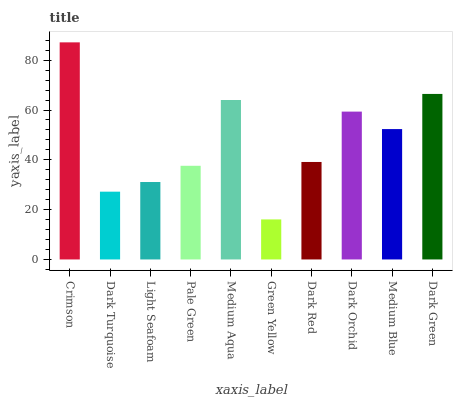
| xaxis_label | bars |
 | --- | --- |
 | Crimson | 87.2 |
 | Dark Turquoise | 27.2 |
 | Light Seafoam | 31.1 |
 | Pale Green | 37.6 |
 | Medium Aqua | 64 |
 | Green Yellow | 16.1 |
 | Dark Red | 39.1 |
 | Dark Orchid | 59.4 |
 | Medium Blue | 52.4 |
 | Dark Green | 66.5 |